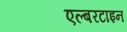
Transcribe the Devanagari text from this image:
एल्बरटाइन